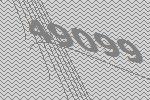
49099